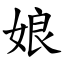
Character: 娘